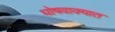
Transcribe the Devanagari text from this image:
घोषवाक्यात